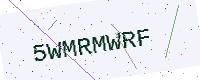
Text: 5WMRMWRF